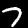
Label: 7